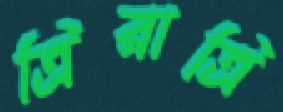
ত্রিরাত্রি